Civil Veterinary Dept. Bombay admin report 1923-31 - 1923-1931
Year: 1923
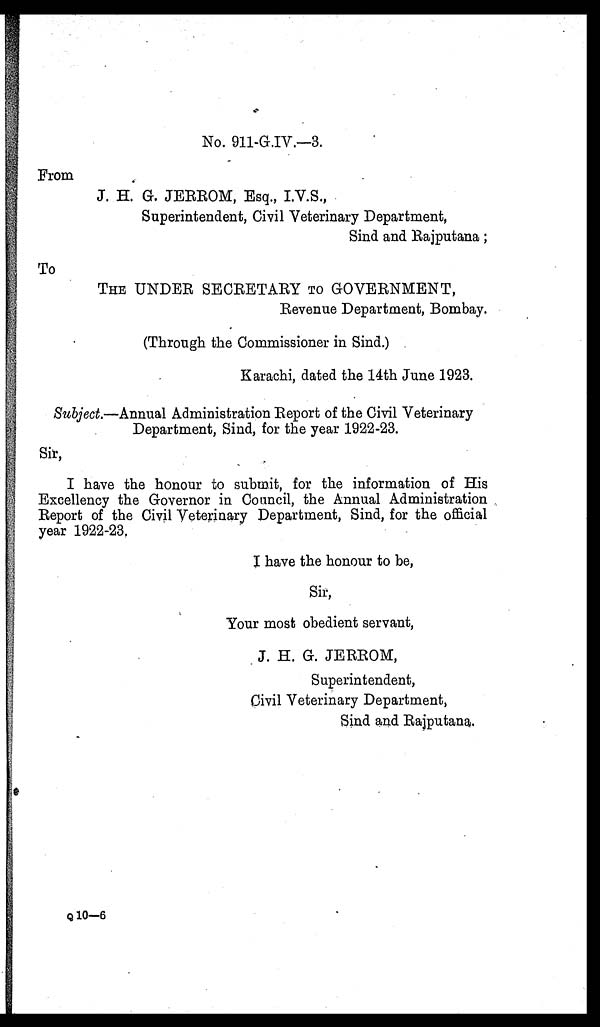
No. 911-G.IV.—3.
From
J. H. G. JERROM, Esq., I.V.S.,
Superintendent, Civil Veterinary Department,
Sind and Rajputana;
To
THE UNDER SECRETARY TO GOVERNMENT,
Revenue Department, Bombay.
(Through the Commissioner in Sind.)
Karachi, dated the 14th June 1923.
Subject.—Annual Administration Report of the Civil Veterinary
Department, Sind, for the year 1922-23.
Sir,
I have the honour to submit, for the information of His
Excellency the Governor in Council, the Annual Administration
Report of the Civil Veterinary Department, Sind, for the official
year 1922-23,
J have the honour to be,
Sir,
Your most obedient servant,
J. H. G. JERROM,
Superintendent,
Civil Veterinary Department,
Sind and Rajputana.
Q 10—6